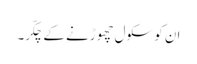
ان کو سکول چھوڑنے کے چکّر۔